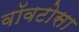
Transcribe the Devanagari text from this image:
वॉवटोसा